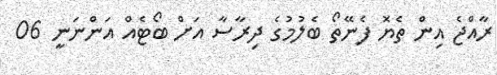
ރާއްޖެ އިން ތެޔޮ ފެނޭތޯ ބެލުމުގެ ދިރާސާ އަށް ބޯޓެއް އަންނަނީ 06